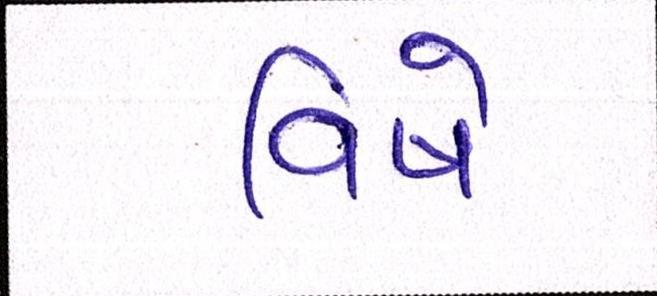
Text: વિષે